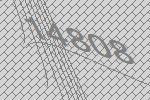
14808